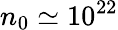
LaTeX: n_{0}\simeq 10^{22}